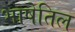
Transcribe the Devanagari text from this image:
भाषेतिल